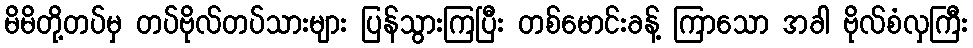
မိမိတို့တပ်မှ တပ်ဗိုလ်တပ်သားများ ပြန်သွားကြပြီး တစ်မောင်းခန့် ကြာသော အခါ ဗိုလ်စံလှကြီး